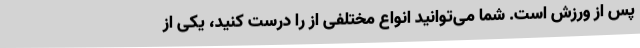
پس از ورزش است. شما می‌توانید انواع مختلفی از را درست کنید، یکی از